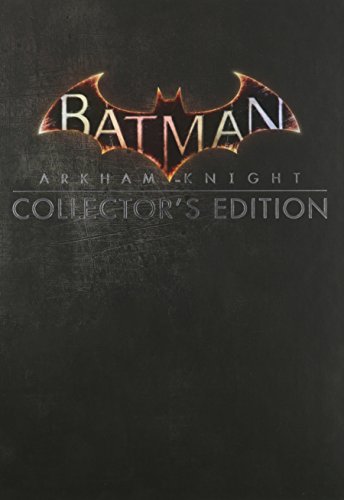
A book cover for Batman: Arkham Knight Collector's Edition; BradyGames; Humor & Entertainment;